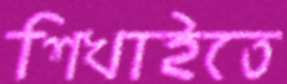
শিখাইতে